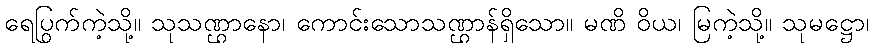
ရေပြွက်ကဲ့သို့။ သုသဏ္ဌာနော၊ ကောင်းသောသဏ္ဌာန်ရှိသော။ မဏိ ဝိယ၊ မြကဲ့သို့။ သုမဋ္ဌော၊